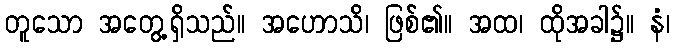
တူသော အတွေ့ရှိသည်။ အဟောသိ၊ ဖြစ်၏။ အထ၊ ထိုအခါ၌။ နံ၊